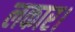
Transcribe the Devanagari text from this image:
लकार।